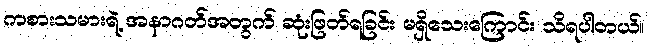
ကစားသမားရဲ့ အနာဂတ်အတွက် ဆုံးဖြတ်ရခြင်း မရှိသေးကြောင်း သိရပါတယ်။